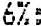
6%: